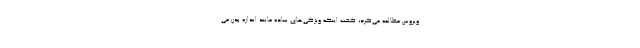
ویروس مطالعه می‌کرد، گفت اینکه ویژگی‌های ساده مانند اندازه بدن می